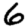
Digit: 6